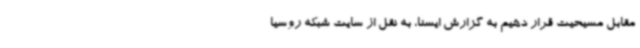
مقابل مسیحیت قرار دهیم به گزارش ایسنا، به نقل از سایت شبکه روسیا